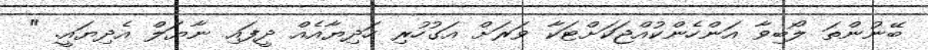
ބޭނުންތަ ލޯބިވާ އަންހެންކުއްޖަކަށްޓަކާ ވަރަށް އަގުހުރި ހަދިޔާއެއް ދީފައި ނާޔަލް އެދިޔައީ. "